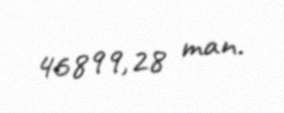
46899,28 man.